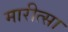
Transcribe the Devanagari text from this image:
मारीत्सा